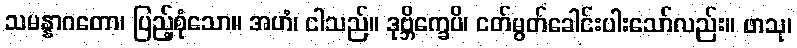
သမန္နာဂတော၊ ပြည့်စုံသော။ အဟံ၊ ငါသည်။ ဒုဗ္ဘိက္ခေပိ၊ ငတ်မွတ်ခေါင်းပါးသော်လည်း။ ဖာသု၊